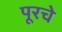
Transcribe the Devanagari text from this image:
पूरचे